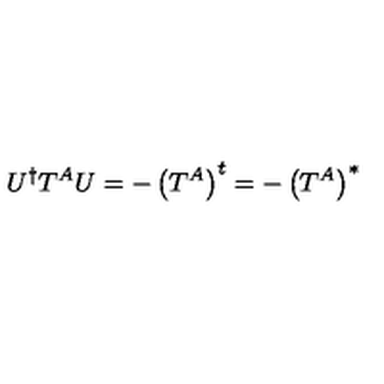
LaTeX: U ^ { \dagger } T ^ { A } U = - \left( T ^ { A } \right) ^ { t } = - \left( T ^ { A } \right) ^ { * }